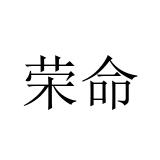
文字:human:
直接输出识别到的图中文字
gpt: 荣命